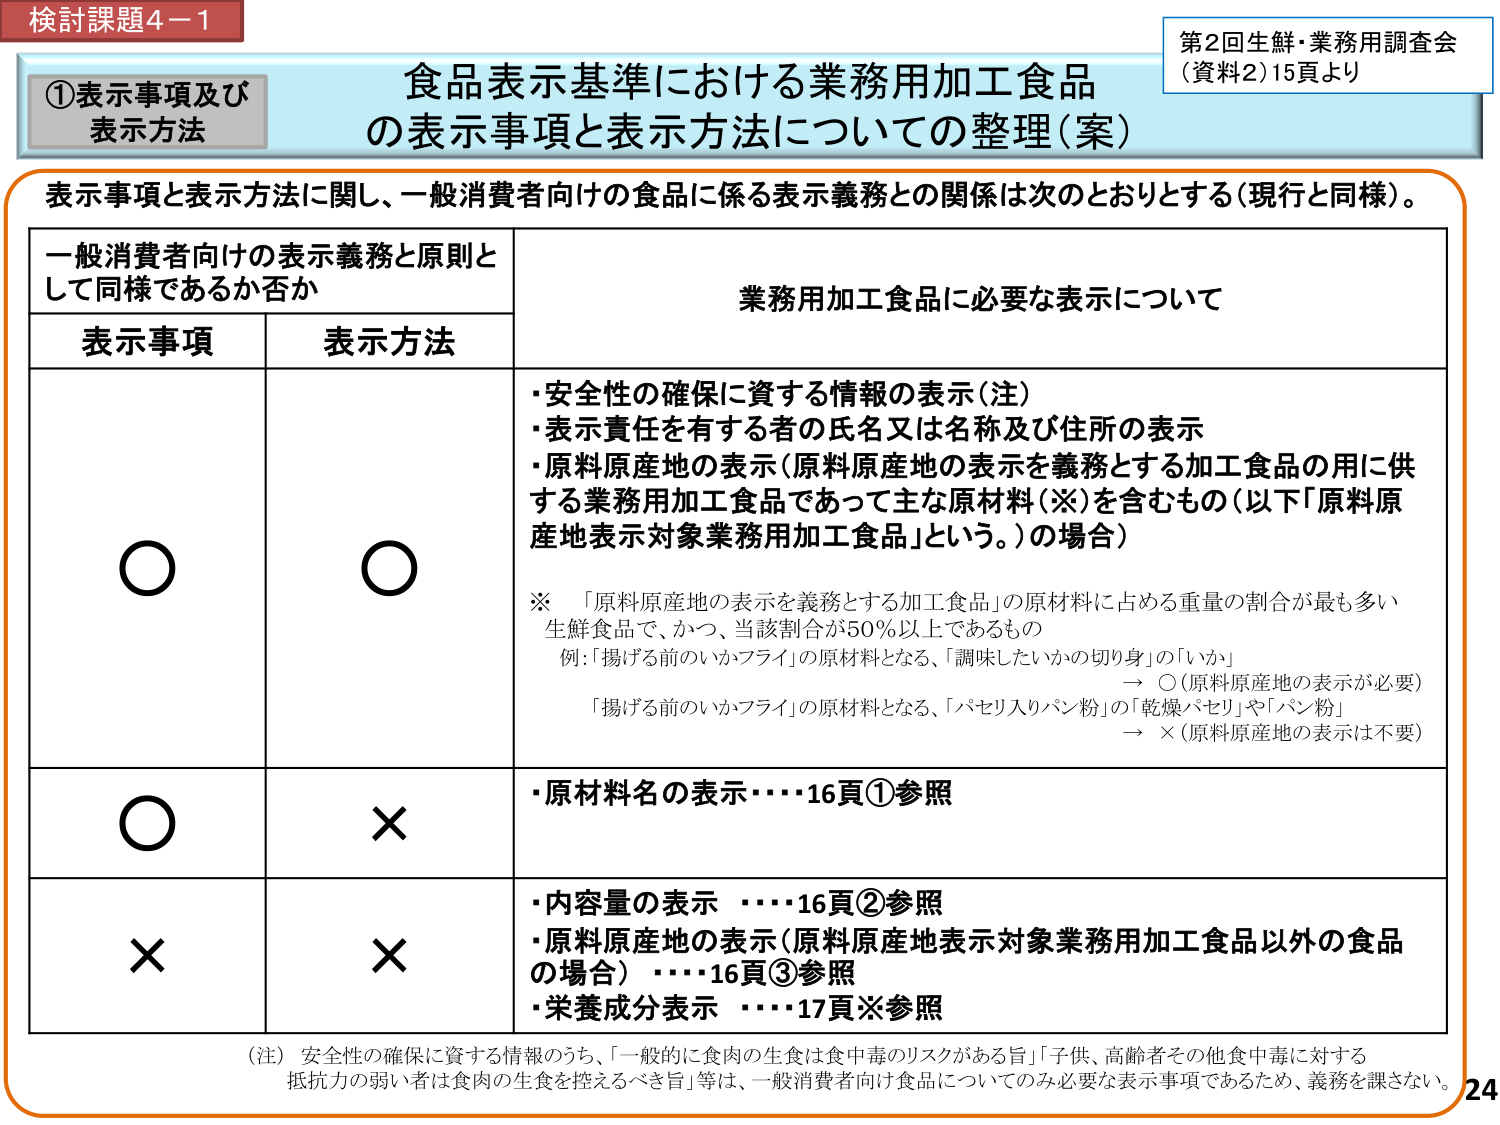
検討課題4－1
①表示事項及び
表示方法

食品表示基準における業務用加工食品
の表示事項と表示方法についての整理（案）

第2回生鮮・業務用調査会
（資料2）15頁より

表示事項と表示方法に関し、一般消費者向けの食品に係る表示義務との関係は次のとおりとする（現行と同様）。

一般消費者向けの表示義務と原則と
して同様であるか否か

表示事項　　表示方法　　業務用加工食品に必要な表示について

○　　　　　○　　　・安全性の確保に資する情報の表示（注）
　　　　　　　　　・表示責任を有する者の氏名又は名称及び住所の表示
　　　　　　　　　・原料原産地の表示（原料原産地の表示を義務とする加工食品の用に供
　　　　　　　　　　する業務用加工食品であって主な原材料（※）を含むもの（以下「原料原
　　　　　　　　　　産地表示対象業務用加工食品」という。）の場合）

　　　　　　　　　※ 「原料原産地の表示を義務とする加工食品」の原材料に占める重量の割合が最も多い
　　　　　　　　　　生鮮食品で、かつ、当該割合が50％以上であるもの
　　　　　　　　　　例：「揚げる前のいかフライ」の原材料となる、「調味したいかの切り身」の「いか」
　　　　　　　　　　　　→ ○（原料原産地の表示が必要）
　　　　　　　　　　「揚げる前のいかフライ」の原材料となる、「バセリ入りパン粉」の「乾燥バセリ」や「パン粉」
　　　　　　　　　　　　→ ×（原料原産地の表示は不要）

○　　　　　×　　　・原材料名の表示・・・・16頁①参照

×　　　　　×　　　・内容量の表示 ・・・・16頁②参照
　　　　　　　　　　・原料原産地の表示（原料原産地表示対象業務用加工食品以外の食品
　　　　　　　　　　の場合） ・・・・16頁③参照
　　　　　　　　　　・栄養成分表示 ・・・・17頁※参照

（注）安全性の確保に資する情報のうち、「一般的に食肉の生食は食中毒のリスクがある旨」「子供、高齢者その他食中毒に対する
抵抗力の弱い者は食肉の生食を控えるべき旨」等は、一般消費者向け食品についてのみ必要な表示事項であるため、義務を課さない。

24